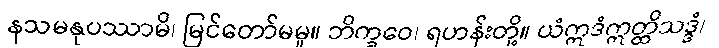
နသမနုပဿာမိ၊ မြင်တော်မမူ။ ဘိက္ခဝေ၊ ရဟန်းတို့။ ယံဣဒံဣတ္ထိသဒ္ဒံ၊